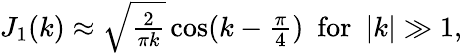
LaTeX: \begin{array}{r}{J_{1}(k)\approx\sqrt{\frac{2}{\pi k}}\cos(k-\frac{\pi}{4})\ \ \mathrm{for}\ \ |k|\gg 1,}\end{array}